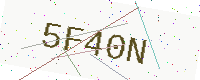
Text: 5F40N